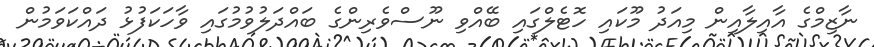
ނާޒިމްގެ އާއިލާއިން މިއަދު މޫކައި ހޮޓެލްގައި ބޭއްވި ނޫސްވެރިންގެ ބައްދަލުވުމުގައި ވާހަކަފުޅު ދައްކަވަމުން